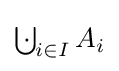
{\textstyle \operatorname {{\bigcup }\!\!\!{\cdot }\,} _{i\in I}A_{i}}